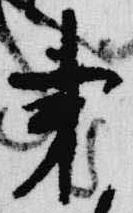
秉